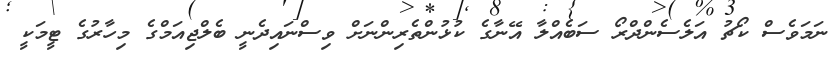
ނަމަވެސް ކޯޗު އަލެސެންދްރޯ ސަބެއްލާ އޭނާގެ ކުޅުންތެރިންނަށް ވިސްނައިދެނީ ބެލްޖިއަމްގެ މިހާރުގެ ޓީމަކީ